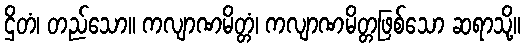
ဌိတံ၊ တည်သော။ ကလျာဏမိတ္တံ၊ ကလျာဏမိတ္တဖြစ်သော ဆရာသို့။